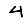
Digit: 4